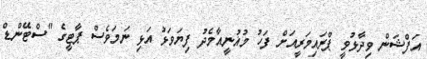
އަފްޝަން ވިދާޅުވީ ޕްރައިމަރީއަށް ފަހު މުޣުނީއާމެދު ފިޔަވަޅު އަޅި ނަމަވެސް ޕާޓީގެ "ސްޓޭންޑް